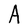
Character: A